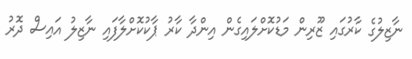
ނާޒިލުގެ ކާރުގައި ޒޫރިން މަޑުކޮށްލައިގެން އިންދާ ކާރު ޕާކުކޮށްލާފައި ނާޒިލު އައިސް ދޮރު